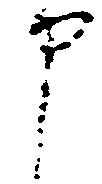
申